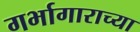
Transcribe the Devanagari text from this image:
गर्भागाराच्या